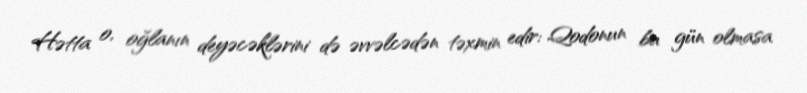
Hətta o, oğlanın deyəcəklərini də əvvəlcədən təxmin edir: Qodonun bu gün olmasa